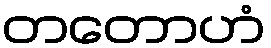
တတောဟံ